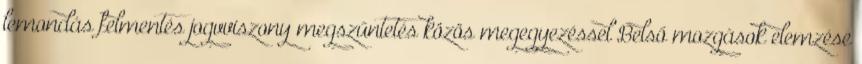
lemondás felmentés jogvviszony megszűntetés közös megegyezéssel Belső mozgások elemzése